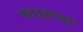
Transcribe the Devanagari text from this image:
इन्द्र्वज्रा